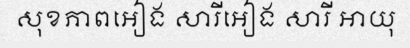
សុខភាពអៀង សារីអៀង សារី អាយុ